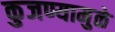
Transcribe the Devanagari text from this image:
कुजण्यामुळे